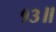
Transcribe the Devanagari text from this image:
१३॥